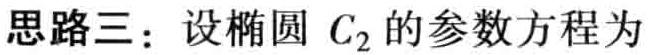
思路三：设椭圆 \(C_{2}\) 的参数方程为